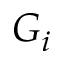
G _ { i }